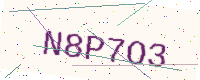
Text: N8P7O3